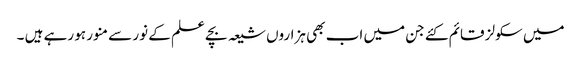
میں سکولز قائم کئے جن میں اب بھی ہزاروں شیعہ بچے علم کے نور سے منور ہو رہے ہیں ۔